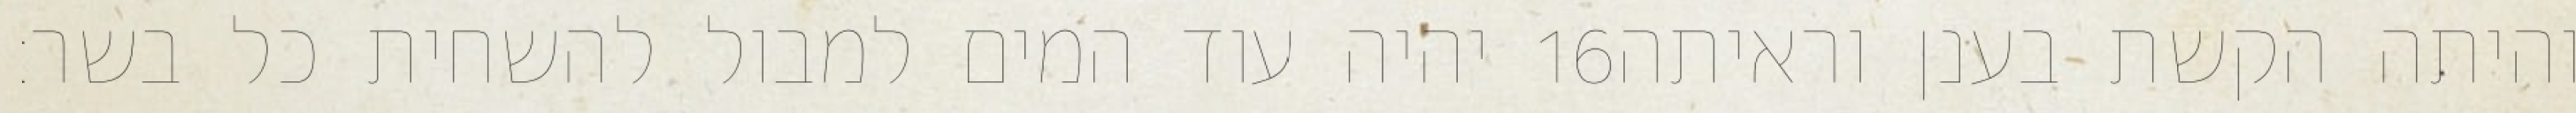
יהיה עוד המים למבול להשחית כל בשר׃ ‎16‏ והיתה הקשת בענן וראיתה